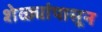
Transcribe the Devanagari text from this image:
शेळ्यांपासून